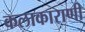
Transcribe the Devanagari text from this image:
कलाकाराणी